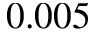
0 . 0 0 5